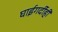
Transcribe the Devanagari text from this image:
घाईगर्दीही